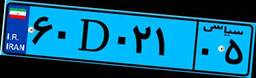
۶۲D۳۹۳۹۳